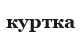
куртка